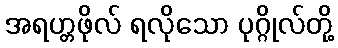
အရဟ္တဖိုလ် ရလိုသော ပုဂ္ဂိုလ်တို့